Indian journal of veterinary science and animal husbandry - Volume 7,
Year: 1937
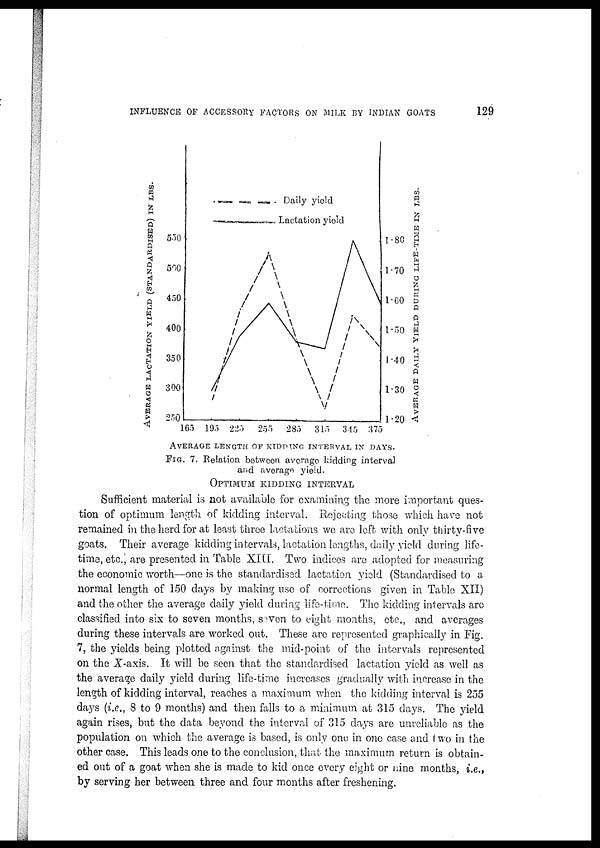
INFLUENCE OF ACCESSORY FACTORS ON MILK BY INDIAN GOATS
129
FIG. 7. Relation between average kidding interval
and average yield.
OPTIMUM KIDDING INTERVAL
Sufficient material is not available for examining the more important ques-
tion of optimum length of kidding interval. Rejecting those which have not
remained in the herd for at least three lactations we are left with only thirty-five
goats. Their average kidding intervals, lactation lengths, daily yield during life-
time, etc., are presented in Table XIII. Two indices are adopted for measuring
the economic worth—one is the standardised lactation yield (Standardised to a
normal length of 150 days by making use of corrections given in Table XII)
and the other the average daily yield during life-time. The kidding intervals are
classified into six to seven months, seven to eight months, etc., and averages
during these intervals are worked out. These are represented graphically in Fig.
7, the yields being plotted against the mid-point of the intervals represented
on the X-axis. It will be seen that the standardised lactation yield as well as
the average daily yield during life-time increases gradually with increase in the
length of kidding interval, reaches a maximum when the kidding interval is 255
days (i.e., 8 to 9 months) and then falls to a minimum at 315 days. The yield
again rises, but the data beyond the interval of 315 days are unreliable as the
population on which the average is based, is only one in one case and two in the
other case. This leads one to the conclusion, that the maximum return is obtain-
ed out of a goat when she is made to kid once every eight or nine months, i.e.,
by serving her between three and four months after freshening.